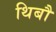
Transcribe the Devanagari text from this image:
थिबौ